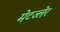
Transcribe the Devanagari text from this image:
मेटज्लेर